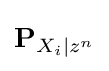
\mathbf {P} _{X_{i}|z^{n}}